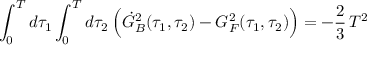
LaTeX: \int _ { 0 } ^ { T } d \tau _ { 1 } \int _ { 0 } ^ { T } d \tau _ { 2 } \, \Bigl ( { \dot { G } _ { B } } ^ { 2 } ( \tau _ { 1 } , \tau _ { 2 } ) - G _ { F } ^ { 2 } ( \tau _ { 1 } , \tau _ { 2 } ) \Bigr ) = - { \frac { 2 } { 3 } } \, T ^ { 2 } \quad